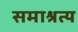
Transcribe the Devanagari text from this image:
समाश्रत्य